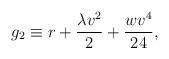
LaTeX: \begin{align*}g_2 \equiv r+\frac{\lambda v^2}{2} + \frac{wv^4}{24},\end{align*}